Vaccine operations Central Provinces 1868-1885 - 1868-1885
Year: 1868
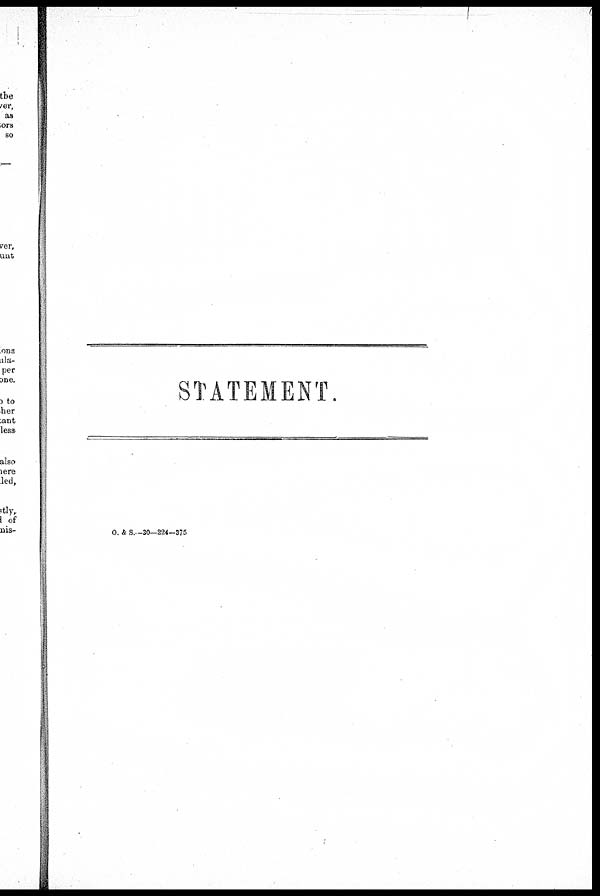
STATEMENT.
O. & S. —30—224—375